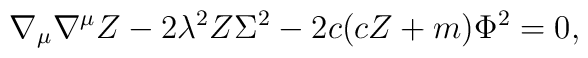
\nabla_\mu \nabla ^\mu Z-2\lambda ^2Z\Sigma ^2 - 2c(cZ+m)\Phi ^2 =0,